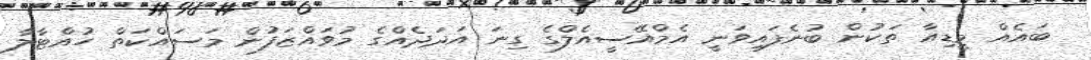
ބައެއް މީޑިއާ ތަކުން ބުނެފައިވަނީ އެމްއޭސީއެލްގެ ގިނަ އަދަދެއްގެ މުވައްޒަފުން މަސައްކަތް ހުއްޓާލާ